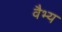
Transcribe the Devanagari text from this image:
वैभ्य